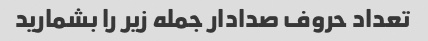
تعداد حروف صدادار جمله زیر را بشمارید